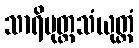
သာရိပုတ္တသံယုတ္တံ